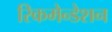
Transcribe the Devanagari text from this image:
रिकमेन्डेशन